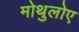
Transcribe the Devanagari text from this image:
मोथुलोए